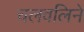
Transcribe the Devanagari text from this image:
चलवलिने